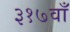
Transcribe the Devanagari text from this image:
३१७वाँ